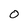
Character: O